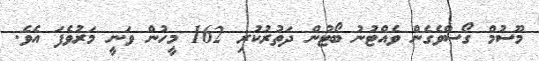
މޫސުމް ގޯސްވެގެން ވެއްޓުނު ބޯޓުން ދަތުރުކުރި 162 މީހުން ވަނީ މަރުވެފަ އެވެ.